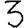
Digit: 3